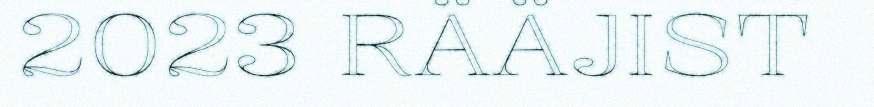
2023 RÄÄJIST